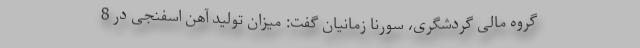
گروه مالی گردشگری، سورنا زمانیان گفت: میزان تولید آهن اسفنجی در 8